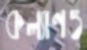
কল্যাণও